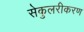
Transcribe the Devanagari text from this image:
सेकुलरीकरण